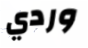
وردي